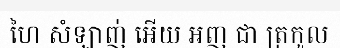
ហៃ សំឡាញ់ អើយ អញ ជា ត្រកូល